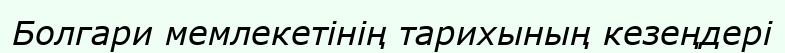
Болгари мемлекетінің тарихының кезеңдері